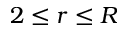
2 \leq r \leq R